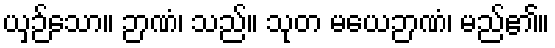
ယှဉ်သော။ ဉာဏံ၊ သည်။ သုတ မယေဉာဏံ၊ မည်၏။